Calcutta medical institutions reports 1871-78
Year: 1871
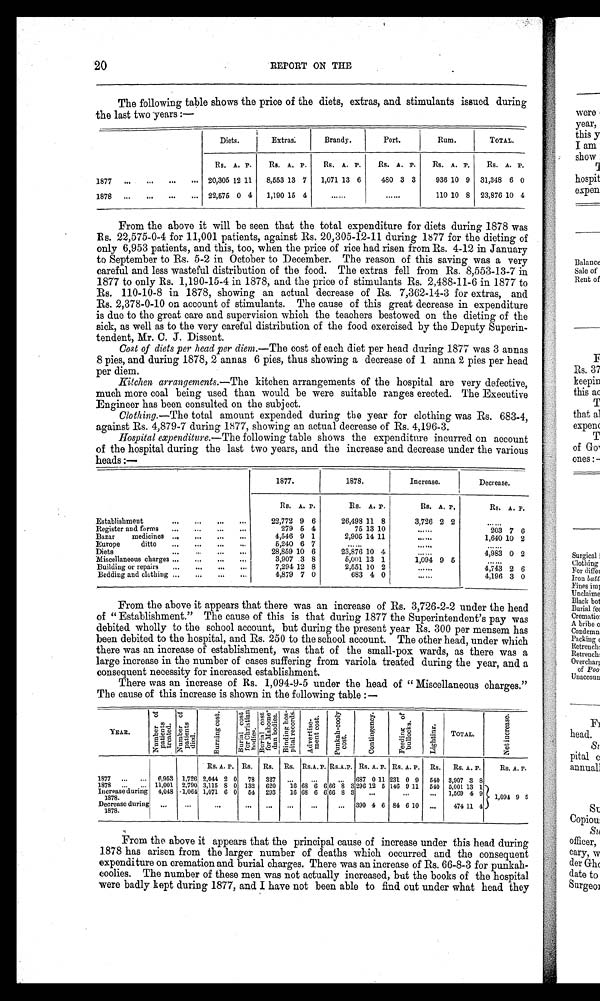
20
REPORT ON THE
The following table shows the price of the diets, extras, and stimulants issued during
the last two years:—
Diets.
Extras:
Brandy.
Port.
Rum.
TOTAL.
Rs. A. P.
R s . A. P.
R s . A. P.
Rs. A. P.
Rs. A. P.
Rs. A. P.
1877
20,305 12 11
8,553 13 7
1,071 13 6
480 3 3
936 10 9 31,348 6 0
1878
22,575 0 4
1,190 15 4
......
......
110 10 8 23,876 10 4
From the above it will be seen that the total expenditure for diets during 1878 was
Rs. 22,575-0-4 for 11,001 patients, against Rs. 20,305-12-11 during 1877 for the dieting of
only 6,953 patients, and this, too, when the price of rice had risen from Rs. 4-12 in January
to September to Rs. 5-2 in October to December. The reason of this saving was a very
careful and less wasteful distribution of the food. The extras fell from Rs. 8,553-13-7 in
1877 to only Rs. 1,190-15-4 in 1878, and the price of stimulants Rs. 2,488-11-6 in 1877 to
Rs. 110-10-8 in 1878, showing an actual decrease of Rs. 7,362-14-3 for extras, and
Rs. 2,378-0-10 on account of stimulants. The cause of this great decrease in expenditure
is due to the great care and supervision which the teachers bestowed on the dieting of the
sick, as well as to the very careful distribution of the food exercised by the Deputy Superin
- t e n d e n t , M r . C . J . D i s s e n t .
Cost of diets per head per diem .—The cost of each diet per head during 1877 was 3 annas
8 pies, and during 1878, 2 annas 6 pies, thus showing a decrease of 1 anna 2 pies per head
per diem.
Kitchen arrangements .—The kitchen arrangements of the hospital are very defective,
much more coal being used than would be were suitable ranges erected. The Executive
Engineer has been consulted on the subject.
Clothing .—The total amount expended during the year for clothing was Rs. 683-4,
against Rs. 4,879-7 during 1877, showing an actual decrease of Rs. 4,196-3.
Hospital expenditure .—The following table shows the expenditure incurred on account
of the hospital during the last two years, and the increase and decrease under the various
heads :—
1877.
1878.
Increase.
Decrease.
Rs. A. P.
Rs. A. P.
Rs. A. P.
Rs. A. P.
Establishment
22,772 9 6
26,498 11 8
3,726 2 2
......
Register and forms
279
5 4
75 13 10
......
203 7 6
Bazar medicines
4,546 9 1
2,905 14 11
. . . . . .
1, 640 10 2
Europe
ditto
5,240 6 7
. . . . . .
......
. . . . . .
Diets
28,859 10 6
2 3 , 8 7 6 10 4
. . . . . .
4,983 0 2
Miscellaneous charges
3,907 .3 8
5,001 13 1
1,094 9 5
......
Building or repairs
7,294 12 8
2,551 10 2
......
4,743
2 6
Bedding and clothing
1,879 7 0
683 4 0
......
4,196 3 0
From the above it appears that there was an increase of Rs. 3,726-2-2 under the head
of "Establishment." The cause of this is that during 1877 the Superintendent's pay was
debited wholly to the school account, but during the present year Rs. 300 per mensem has
been debited to the hospital, and Rs. 250 to the school account. The other head, under which
there was an increase of establishment, was that of the small-pox wards, as there was a
large increase in the number of cases suffering from variola treated during the year, and a
consequent necessity for increased establishment.
There was an increase of Rs. 1,094-9-5 under the head of "Miscellaneous charges."
The cause of this increase is shown in the following table:—
YEAR.
N u m b e r o f p a t i e n t s t r e a t e d .
N u m b e r o f p a t i e n t s d i e d .
B u r n i n g c o s t . B u r i a l c o s t f o r C h r i s t i a n n b o d i e s .
B u r i a l c o s t f o r M a h o m e - d a n b o d i e s . B i n d i n g h o s - p i t a l r e c o r d s .
A d v e r t i s e - m e n t c o s t .
P u n k a h - c o o l y c o s t .
C o n t i n g e n c y .
F e e d i n g o f b u l l o c k s .
L i g h t i n g .
TOTAL.
N e t i n c r e n s e .
Rs. A. P. ES. Rs. RS. RS.A.P.
R S . A .
P. Rs. A. P. RS. A. P. Rs.
Rs. A. P.
Rs. A. P.
1877
6,953 1,726 2,044 2 0
78
327
. . .
...
...
687 0 11 231 0 9 540 3,907 3 8
1878
11,001 2,790 3,115 S 0 132
620
16 68
6 66 8 3 296 12 5 146 9 11 540 5,001 13 1
1 , 0 9 4 9 5
Increase during
1878.
4,048 .1,064 1,071 6 0
54
293
16 68 6 6 66 8 3 ...
...
...
1,569 4 9
Decrease during
1878.
. . .
...
. . .
...
...
...
...
...
390 4 6 84 6 10 ...
474 11 4
From the above it appears that the principal cause of increase under this head during
1878 has arisen from the larger number of deaths which occurred and the consequent
expenditure on cremation and burial charges. There was an increase of Rs. 66-8-3 for punkah-
coolies. The number of these men was not actually increased, but the books of the hospital
were badly kept during 1877, and I have not been able to find out under what head they